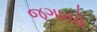
જગાયો